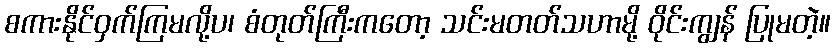
စကားနိုင်ဝှက်ကြမလို့ပ၊ စံတုတ်ကြီးကတော့ သင်းမတတ်သဟာမို့ ဝိုင်းကျွန် ပြုမတဲ့။